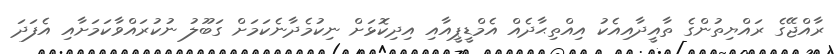
ރާއްޖޭގެ ރައްޔިތުންގެ ތާއީދާއިއެކު އިއްތިޙާދެއް އެމްޑީޕީއާއި އިދިކޮޅަށް ނިކުމެދާނެކަމަށް ގަބޫލު ނުކުރައްވާކަމަށާއި އެފަދަ